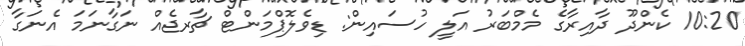
10:20 ކެންދޫ ދާއިރާގެ މެމްބަރު އަލީ ހުސައިން: ޑިވެލޮޕްމަންޓް ޗާރޖެއް ނަގާނަމަ އެނަގާ